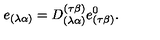
e _ { ( \lambda \alpha ) } = D _ { ( \lambda \alpha ) } ^ { ( \tau \beta ) } e _ { ( \tau \beta ) } ^ { 0 } .